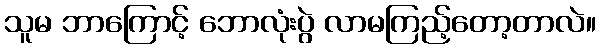
သူမ ဘာကြောင့် ဘောလုံးပွဲ လာမကြည့်တော့တာလဲ။